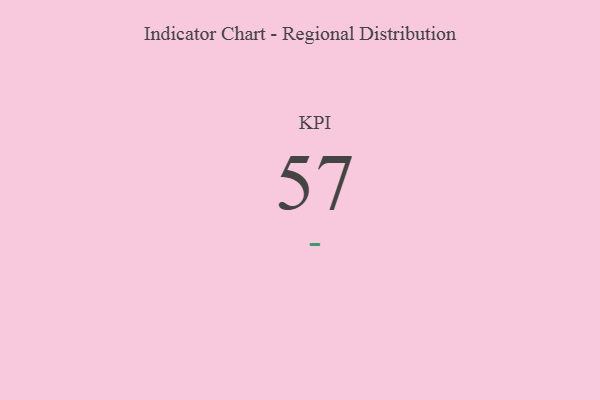
{"axis": {"x": "KPI", "y": "Value"}, "legend": [""], "data": [{"x": "KPI", "y": 57, "type": ""}]}